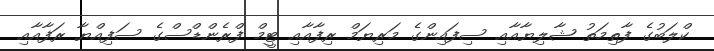
ކްލަބުގެ ފާތިމަތު ޝާލިޔާއާއި ސިފައިންގެ މަރިޔަމް ރިފާއާއި ޓީމް ފްރެންޑްސްގެ ސަފިއްޔާ ރަފާއާއި